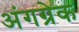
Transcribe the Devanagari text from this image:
अंगग्रेक